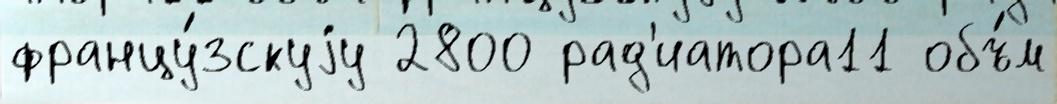
францу́зскуjу 2800 рад'иатора11 объ́м